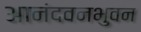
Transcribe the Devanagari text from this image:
आनंदवनभुवन